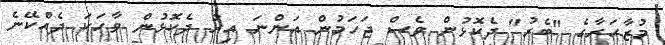
މުޒާހަރާގެ "ބެރު" ދެކޮޅުން ވެސް ޖަހަމުން އަންނަ އިރު ދެކޮޅުން ވާހަކަ ދެއްކޭނެ